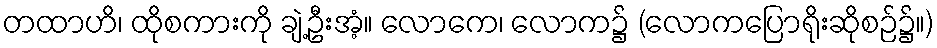
တထာဟိ၊ ထိုစကားကို ချဲ့ဦးအံ့။ လောကေ၊ လောက၌ (လောကပြောရိုးဆိုစဉ်၌။)